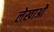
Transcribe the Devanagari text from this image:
लेखाओं